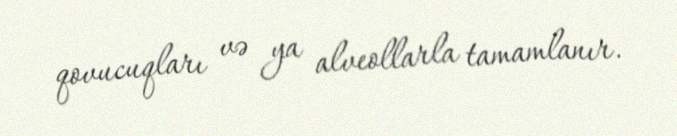
qovucuqları və ya alveollarla tamamlanır.